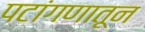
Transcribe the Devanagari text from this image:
पटांगणातून